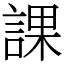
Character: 課